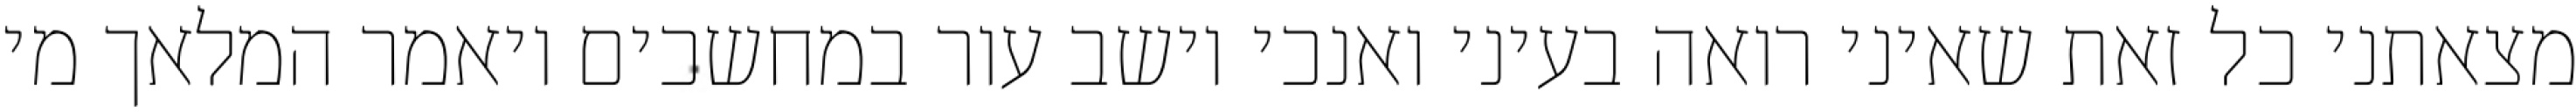
מצאתני כל זאת שאיני רואה בעיני ואנכי יושב עור במחשכים ויאמר המלאך מי